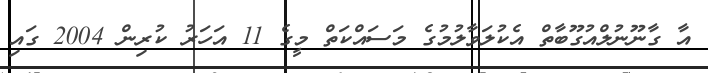
އާ ގާނޫނުލްއުގޫބާތް އެކުލަވާލުމުގެ މަސައްކަތް މީގެ 11 އަހަރު ކުރިން 2004 ގައި